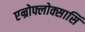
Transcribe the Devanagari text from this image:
एन्रोफ्लोक्सासिं